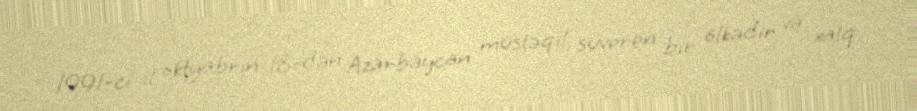
1991-ci il oktyabrın 18-dən Azərbaycan müstəqil, suveren bir ölkədir və xalq